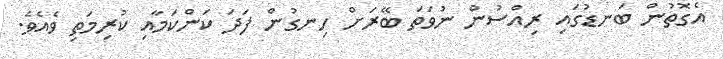
އެގޮތުން ބަނޑުގައި ރިއްސުން ނުވަތަ ބޭރަށް ހިނގުން ފަދަ ކަންކަމާއި ކުރިމަތި ވެއެވެ.